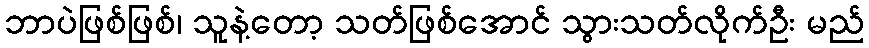
ဘာပဲဖြစ်ဖြစ်၊ သူနဲ့တော့ သတ်ဖြစ်အောင် သွားသတ်လိုက်ဦး မည်